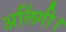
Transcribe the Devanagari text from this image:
अलिंगी।